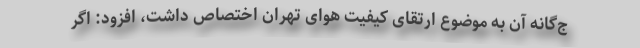
ج‌گانه آن به موضوع ارتقای کیفیت هوای تهران اختصاص داشت، افزود: اگر